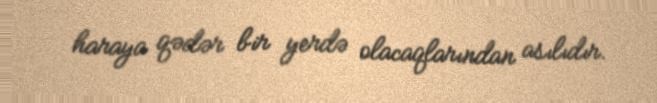
haraya qədər bir yerdə olacaqlarından asılıdır.